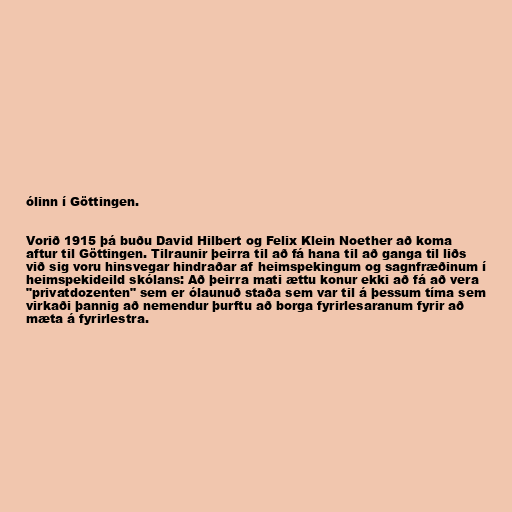
ólinn í Göttingen.

Vorið 1915 þá buðu David Hilbert og Felix Klein Noether að koma
aftur til Göttingen. Tilraunir þeirra til að fá hana til að ganga til liðs
við sig voru hinsvegar hindraðar af heimspekingum og sagnfræðinum í
heimspekideild skólans: Að þeirra mati ættu konur ekki að fá að vera
"privatdozenten" sem er ólaunuð staða sem var til á þessum tíma sem
virkaði þannig að nemendur þurftu að borga fyrirlesaranum fyrir að
mæta á fyrirlestra.